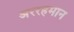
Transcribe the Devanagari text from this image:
अररहमान